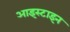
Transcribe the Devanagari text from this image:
आइस्टाइन